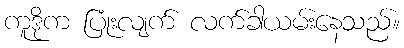
ကူဒိုက ပြုံးလျက် လက်ခါယမ်းနေသည်။